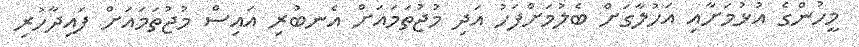
މީހުންގެ އުޅުމަށާއި އަހުލާގަށް ބެލުމަށްފަހު އަދި މުޖުތަމައަށް އެނބުރި އައިސް މުޖުތަމައަށް ފައިދާހުރި